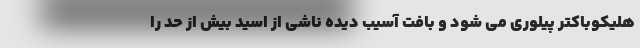
هلیکوباکتر پیلوری می شود و بافت آسیب دیده ناشی از اسید بیش از حد را